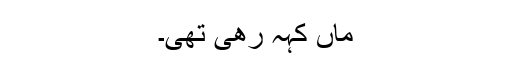
ماں کہہ رھی تھی۔